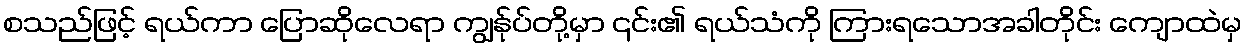
စသည်ဖြင့် ရယ်ကာ ပြောဆိုလေရာ ကျွန်ုပ်တို့မှာ ၎င်း၏ ရယ်သံကို ကြားရသောအခါတိုင်း ကျောထဲမှ